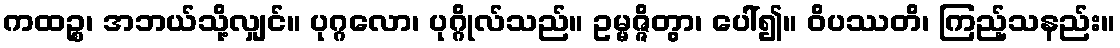
ကထဉ္စ၊ အဘယ်သို့လျှင်။ ပုဂ္ဂလော၊ ပုဂ္ဂိုလ်သည်။ ဥမ္မဇ္ဇိတွာ၊ ပေါ်၍။ ဝိပဿတိ၊ ကြည့်သနည်း။